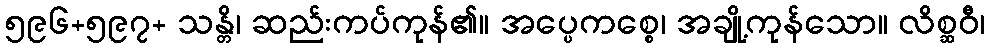
၅၉၆+၅၉၇+ သန္တိ၊ ဆည်းကပ်ကုန်၏။ အပ္ပေကစ္စေ၊ အချို့ကုန်သော။ လိစ္ဆဝီ၊